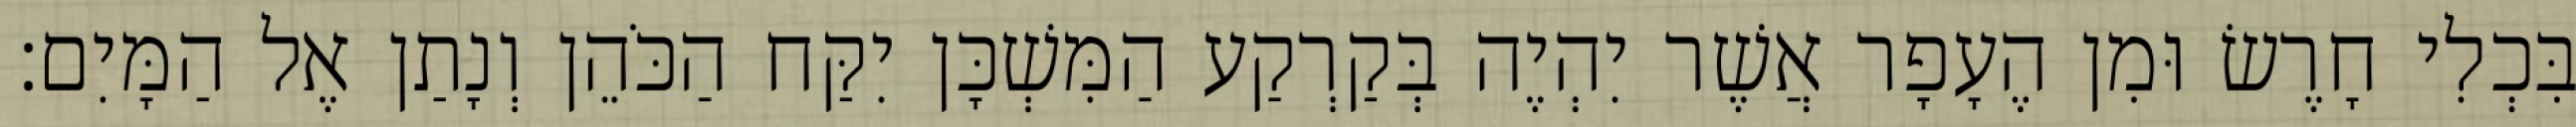
בִּכְלִי חָרֶשׂ וּמִן הֶעָפָר אֲשֶׁר יִהְיֶה בְּקַרְקַע הַמִּשְׁכָּן יִקַּח הַכֹּהֵן וְנָתַן אֶל הַמָּיִם׃